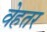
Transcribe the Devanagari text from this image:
वेहतर